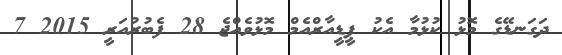
ދަގަނޑޭގެ މޮޅު ކުޅުމާ އެކު ޕީޑީއާރްއެމް މޮޅުވެއްޖެ 28 ފެބުރުއަރީ 2015 7